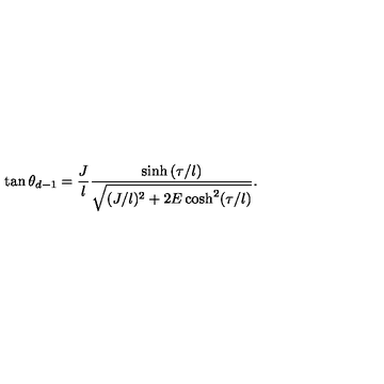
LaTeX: \tan \theta _ { d - 1 } = \frac { J } { l } \frac { \sinh { ( \tau / l ) } } { \sqrt { ( J / l ) ^ { 2 } + 2 E \cosh ^ { 2 } ( \tau / l ) } } .